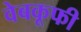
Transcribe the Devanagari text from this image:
वेबकूफी